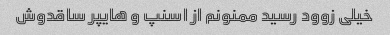
خیلی زوود رسید ممنونم از اسنپ و هایپر ساقدوش